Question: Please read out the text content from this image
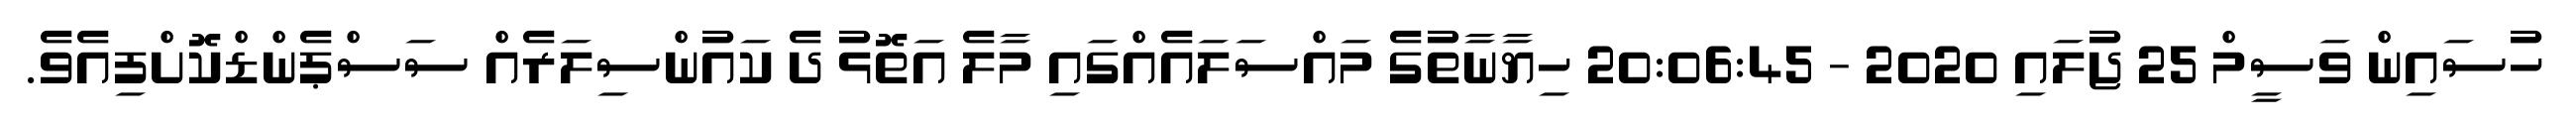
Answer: ހުސައިން ވަސީމް 25 ޖުލައި 2020 - 20:06:45 ހިޔާނާތުގެ މައްސަލައެއްގައި މާލެ އަތޮޅު ދެ ކައުންސިލަރެއް ސަސްޕެންޑްކޮށްފިއެވެ.